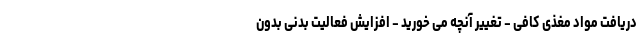
دریافت مواد مغذی کافی - تغییر آنچه می خورید - افزایش فعالیت بدنی بدون